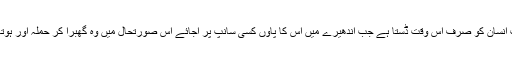
سانپ انسان کو صرف اس وقت ڈستا ہے جب اندھیرے میں اس کا پاؤں کسی سانپ پر آجائے اس صورتحال میں وہ گھبرا کر حملہ آور ہوتا ہے۔